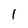
Character: 1